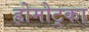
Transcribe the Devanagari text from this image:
ह्रोमोट्का